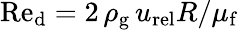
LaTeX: \textup{Re}_{\textup{d}}=2\, \rho_{\textup{g}}\, u_{\textup{rel}}R/\mu_{\textup{f}}